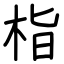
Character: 栺